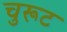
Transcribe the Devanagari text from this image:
चुरूट